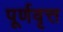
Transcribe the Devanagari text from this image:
पूर्णवृत्त